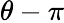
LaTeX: \theta-\pi